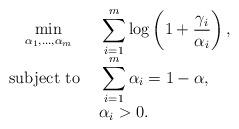
LaTeX: \begin{align*}\left. \begin{array}{cl} \displaystyle{}\min_{\alpha_1,\ldots,\alpha_m} & \displaystyle{} \sum_{i=1}^m \log\left(1+ \frac{\gamma_i}{\alpha_i}\right),\\ \mbox{subject to } & \displaystyle{} \sum_{i=1}^m \alpha_i=1-\alpha,\\ & \alpha_i>0. \end{array}\right.\end{align*}